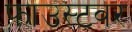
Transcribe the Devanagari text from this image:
फाउस्टवर